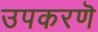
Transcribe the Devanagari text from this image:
उपकरणॆ